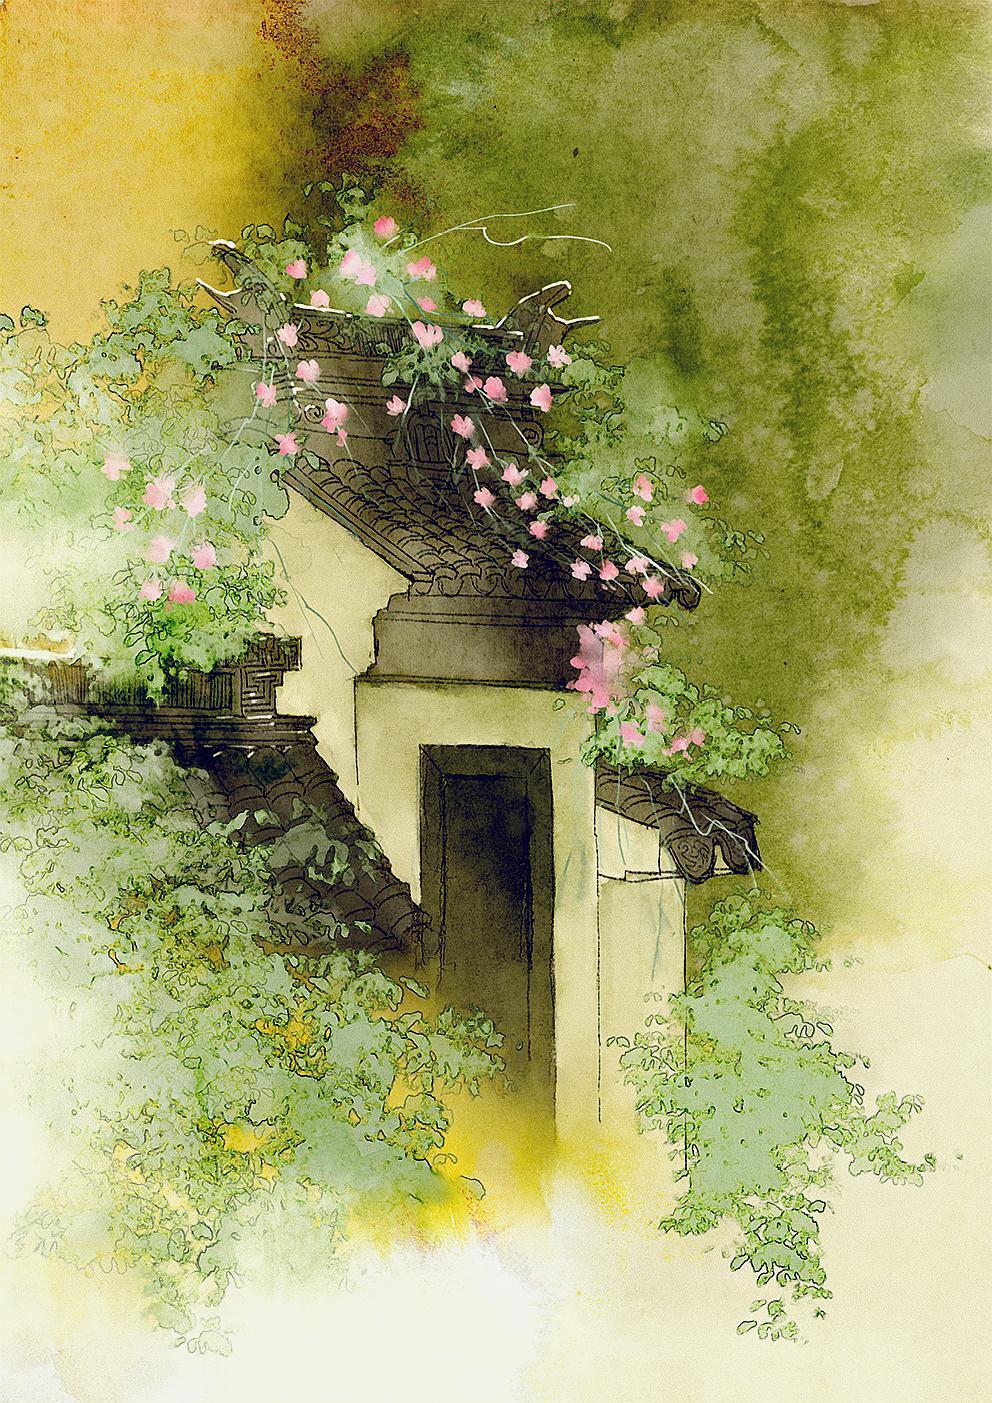
木兰舟上珠帘卷，歌声远，椰子酒倾鹦鹉盏。